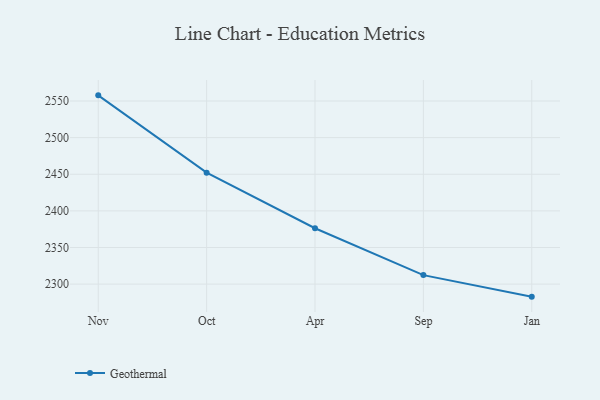
{"axis": {"x": "Month", "y": "Customer Acquisition Cost (USD)"}, "legend": ["Geothermal"], "data": [{"x": "Nov", "y": 2557.7, "type": "Geothermal"}, {"x": "Oct", "y": 2452.2, "type": "Geothermal"}, {"x": "Apr", "y": 2376.3, "type": "Geothermal"}, {"x": "Sep", "y": 2312.3, "type": "Geothermal"}, {"x": "Jan", "y": 2282.9, "type": "Geothermal"}]}